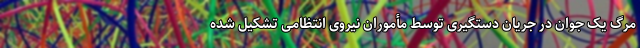
مرگ یک جوان در جریان دستگیری توسط مأموران نیروی انتظامی تشکیل شده